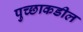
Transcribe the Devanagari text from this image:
पुच्छाकडील